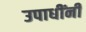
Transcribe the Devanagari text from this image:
उपाधींनी